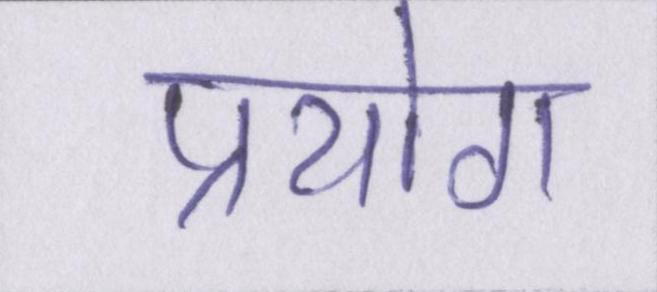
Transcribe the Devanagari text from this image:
प्रयोग